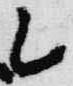
乙